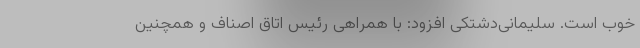
خوب است. سلیمانی‌دشتکی افزود: با همراهی رئیس اتاق اصناف و همچنین